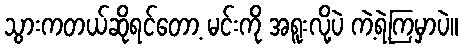
သွားကတယ်ဆိုရင်တော့ မင်းကို အရူးလို့ပဲ ကဲ့ရဲ့ကြမှာပဲ။